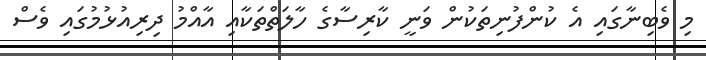
މި ވެބިނާގައި އެ ކުންފުނިތަކުން ވަނީ ކާރިސާގެ ހާލަތްތަކާއި އާއްމު ދިރިއުޅުމުގައި ވެސް